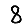
Digit: 8